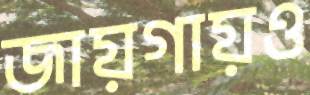
জায়গায়ও